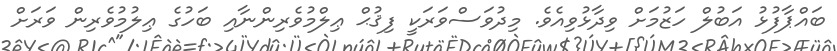
ބައްޕާފުޅު އަބުލް ހަޒުމަށް ވިދާޅުވިއެވެ. މިދުވަސްވަރަކީ ފިޤުޙް ޢިލްމުވެރިންނާއި ބަހުގެ ޢިލުމުވެރިން ވަރަށް